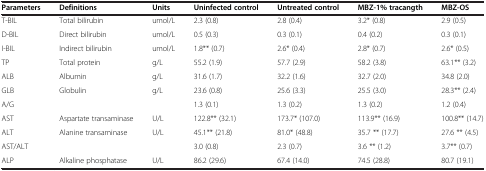
| Parameters | Definitions | Units | Uninfected control | Untreated control | MBZ-1% tracangth | MBZ-OS |
 | --- | --- | --- | --- | --- | --- | --- |
 | T-BIL | Total bilirubin | umol/L | 2.3 (0.8) | 2.8 (0.4) | 3.2* (0.8) | 2.9 (0.5) |
 | D-BIL | Direct bilirubin | umol/L | 0.5 (0.3) | 0.3 (0.1) | 0.4 (0.2) | 0.3 (0.1) |
 | I-BIL | Indirect bilirubin | umol/L | 1.8** (0.7) | 2.6* (0.4) | 2.8* (0.7) | 2.6* (0.5) |
 | TP | Total protein | g/L | 55.2 (1.9) | 57.7 (2.9) | 58.2 (3.8) | 63.1** (3.2) |
 | ALB | Albumin | g/L | 31.6 (1.7) | 32.2 (1.6) | 32.7 (2.0) | 34.8 (2.0) |
 | GLB | Globulin | g/L | 23.6 (0.8) | 25.6 (3.3) | 25.5 (3.0) | 28.3** (2.4) |
 | A/G |  |  | 1.3 (0.1) | 1.3 (0.2) | 1.3 (0.2) | 1.2 (0.4) |
 | AST | Aspartate transaminase | U/L | 122.8** (32.1) | 173.7* (107.0) | 113.9** (16.9) | 100.8** (14.7) |
 | ALT | Alanine transaminase | U/L | 45.1** (21.8) | 81.0* (48.8) | 35.7 ** (17.7) | 27.6 ** (4.5) |
 | AST/ALT |  |  | 3.0 (0.8) | 2.3 (0.7) | 3.6 ** (1.2) | 3.7** (0.7) |
 | ALP | Alkaline phosphatase | U/L | 86.2 (29.6) | 67.4 (14.0) | 74.5 (28.8) | 80.7 (19.1) |